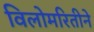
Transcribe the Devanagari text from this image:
विलोमरितीने